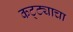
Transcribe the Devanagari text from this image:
कट्ट्याचा